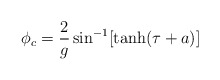
\begin{align*}\phi_c=\frac{2}{g}\sin^{-1}[\tanh(\tau + a)]\end{align*}